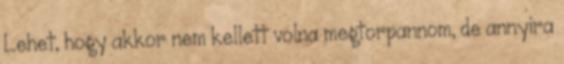
Lehet, hogy akkor nem kellett volna megtorpannom, de annyira